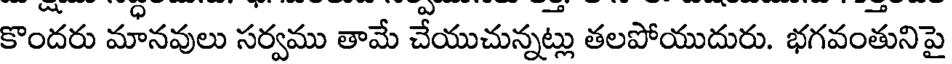
కొందరు మానవులు సర్వము తామే చేయుచున్నట్లు తలపోయుదురు. భగవంతునిపై